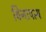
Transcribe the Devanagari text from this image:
विनापत्य